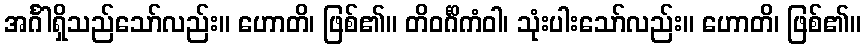
အင်္ဂါရှိသည်သော်လည်း။ ဟောတိ၊ ဖြစ်၏။ တိဝင်္ဂိကံဝါ၊ သုံးပါးသော်လည်း။ ဟောတိ၊ ဖြစ်၏။